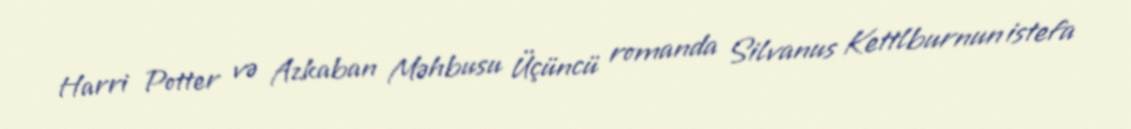
Harri Potter və Azkaban Məhbusu Üçüncü romanda Silvanus Kettlburnun istefa